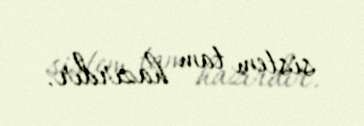
sistem tam hazırdır.